King Institute of Preventive Medicine Micro-Biological Section reports 1912-19
Year: 1912
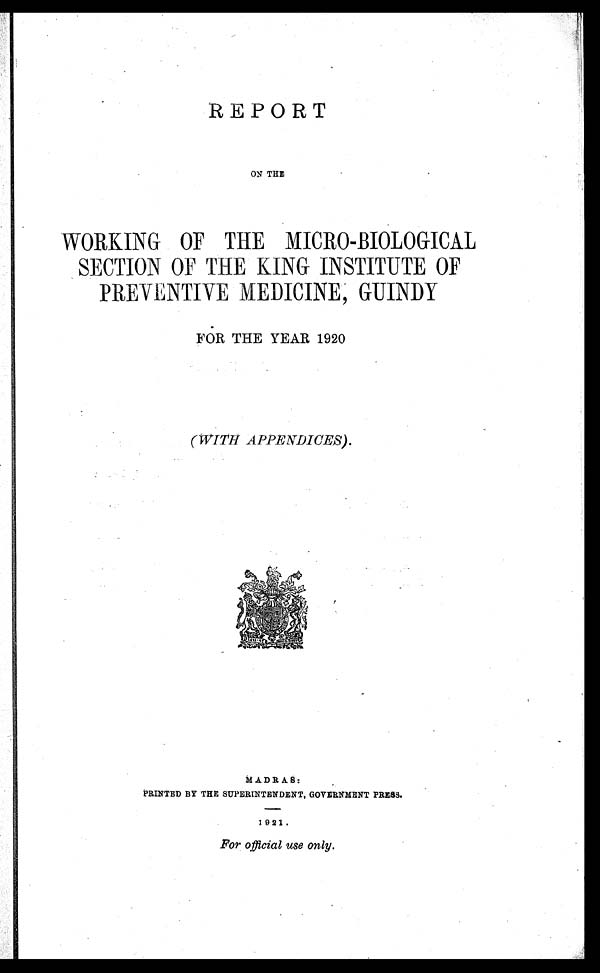
REPORT
ON THE
WORKING OF THE MICRO-BIOLOGICAL
SECTION OF THE KING INSTITUTE OF
PREVENTIVE MEDICINE, GUINDY
FOR THE YEAR 1920
( WITH APPENDICES) .
MADRAS:
PRINTED BY THE SUPERINTENDENT, GOVERNMENT PRESS.
1921.
For official use only.